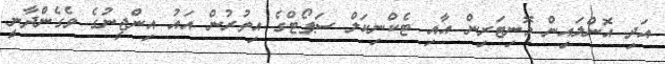
އަދި އޮންލައިން މޮނިޓަރިން އާއި ޓެކްނިކަލް ސަޕޯޓްގެ އިތުރުން އައު އިންޖީނުގެ ވެގެންދާނީ